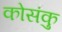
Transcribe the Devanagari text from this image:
कोसंकु